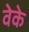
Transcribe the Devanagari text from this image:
वेके